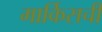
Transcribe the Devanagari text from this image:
मार्किसची